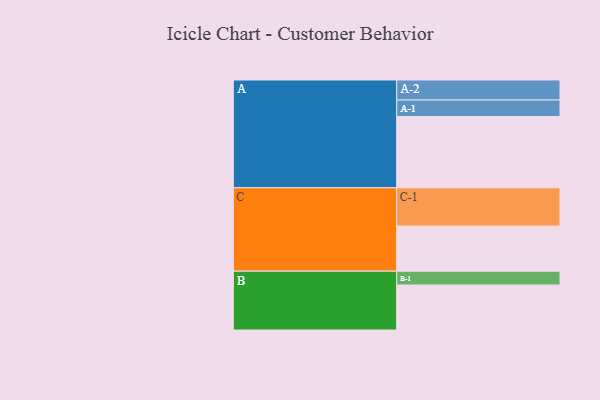
{"axis": {"x": "Segment", "y": "Value"}, "legend": ["", "A", "B", "C"], "data": [{"x": "A", "y": 521, "type": ""}, {"x": "B", "y": 329, "type": ""}, {"x": "C", "y": 330, "type": ""}, {"x": "A-1", "y": 121, "type": "A"}, {"x": "A-2", "y": 146, "type": "A"}, {"x": "B-1", "y": 101, "type": "B"}, {"x": "C-1", "y": 280, "type": "C"}]}